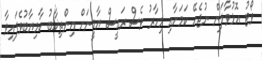
ވޯޓު އޮޅުވާލަން ނުޖެހޭ ކަމަށާއި މިހާރު ވެސް ރައީސް ޔާމީނަށް އިންތިޚާބު ކާމިޔާބުވެފައިވާ